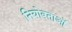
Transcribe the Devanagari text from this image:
नियोक्‍ताओं